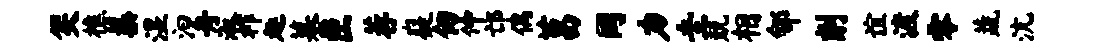
笑樵蕖湿汩舟淑祚趣墓匣荐嶷仞仲邙偶莒同力圭兢相郇削谊渡零蔬沆